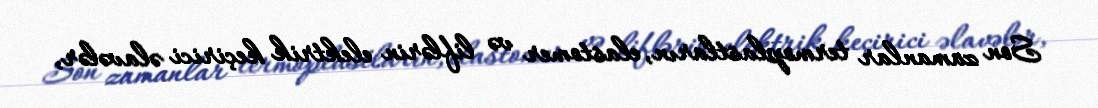
Son zamanlar termoplastların, elastomer və liflərin elektrik keçirici əlavələr,